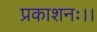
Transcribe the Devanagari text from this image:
प्रकाशनः।।